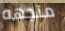
متجهه